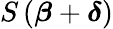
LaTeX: S\left({\boldsymbol{\beta}}+{\boldsymbol{\delta}}\right)